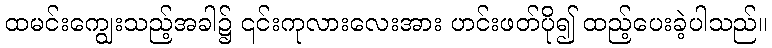
ထမင်းကျွေးသည့်အခါ၌ ၎င်းကုလားလေးအား ဟင်းဖတ်ပို၍ ထည့်ပေးခဲ့ပါသည်။